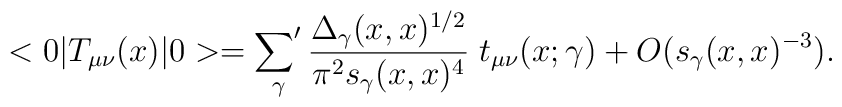
<0|T_{\mu\nu}(x)|0>= \mathop{{\sum}'}_\gamma  {\Delta_\gamma(x,x)^{1/2}\over\pi^2 s_\gamma(x,x)^4}   \; t_{\mu\nu}(x;\gamma) + O(s_\gamma(x,x)^{-3}).